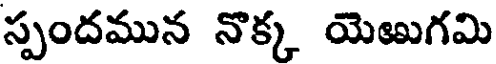
స్పందమున నొక్క యెఱుగమి